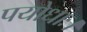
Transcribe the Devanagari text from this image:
पयोधाः।